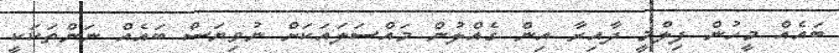
ބައެއް މީހުން ފިލްމީ ދާއިރާ އިން ގެއްލުން މައްސަލައަކަށް ނުވިޔަސް ބައެއް ނަންތަކަކީ